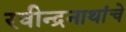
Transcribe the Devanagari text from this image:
रवीन्द्रनाथांचे